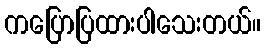
ကပြောပြထားပါသေးတယ်။